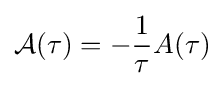
{\mathcal {A}}(\tau )=-{1 \over {\tau }}A(\tau )